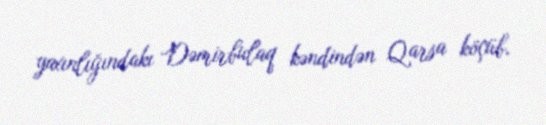
yaxınlığındakı Dəmirbulaq kəndindən Qarsa köçüb.